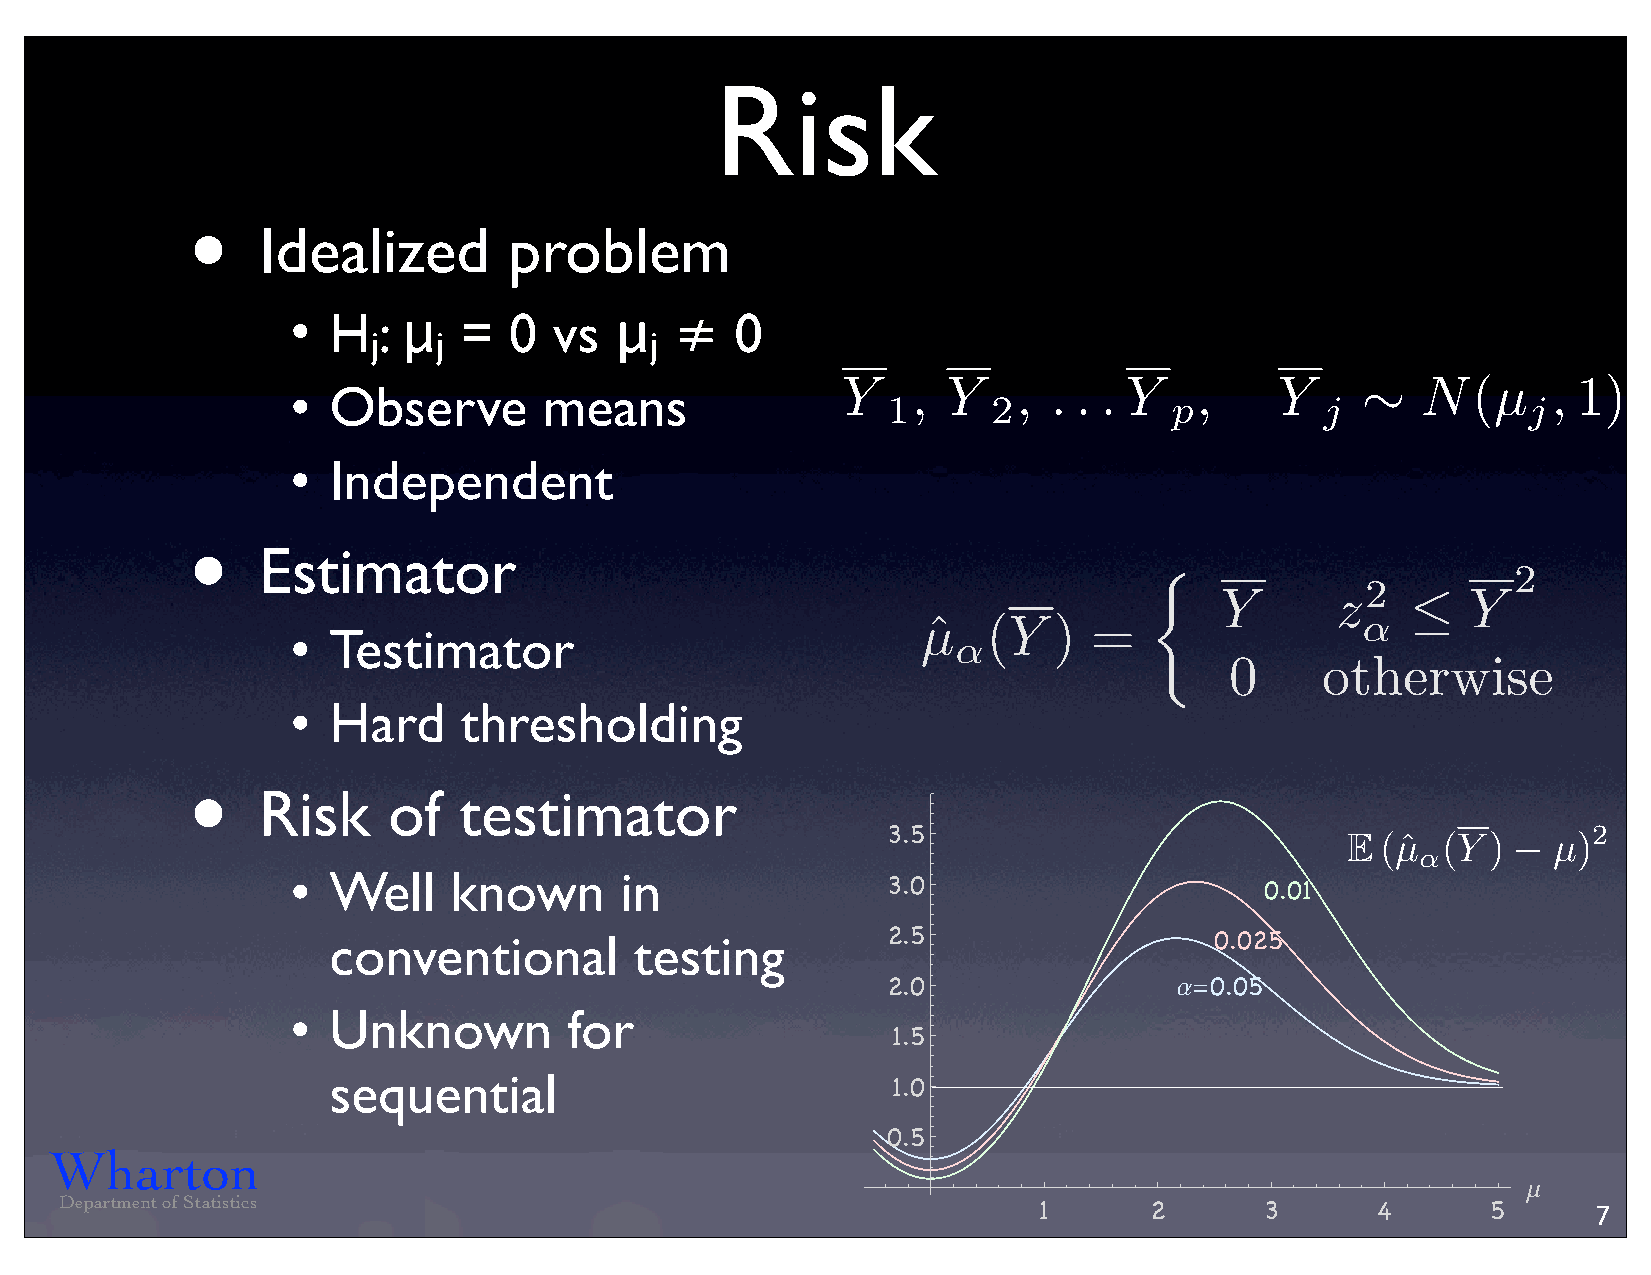
Risk
 •
 Idealized        problem
 •  H  : μ  =   0  vs  μ   ≠   0
 j   j             j
 Y   ,  Y   ,  . . . Y  ,     Y        N(µ      , 1)
 •  Observe       means
 1      2          p          j            j
 ⇠
 •  Independent
 •
 Estimator
 2
 2
 Y      z        Y
 µˆ  (Y   ) =                 ↵
 •  Testimator                                                             
 ↵
 0     otherwise
 ⇢
 •  Hard    thresholding
 Risk
 •
 Risk     of  testimator
 3.5                                           2
 (µˆ (Y  )   µ)
 E
 ↵

 •  Well    known      in
 3.0                      0.01
 conventional        testing          2.5                  0.025
 2.0                a=0.05
 •  Unknown         for
 1.5
 sequential
 1.0
 0.5
 Wharton
 m
 Department of Statistics
 1      2       3      4       5      7